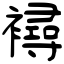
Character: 襑